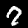
Digit: 7